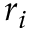
r _ { i }